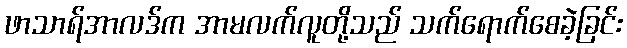
ဖာသာရ်အာလဒ်က အာမလက်လူတို့သည် သက်ရောက်စေခဲ့ခြင်း